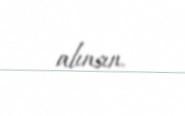
alınsın.